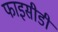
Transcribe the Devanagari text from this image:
फाइसीडी